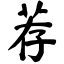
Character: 荐